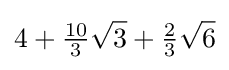
4+{\tfrac {10}{3}}{\sqrt {3}}+{\tfrac {2}{3}}{\sqrt {6}}